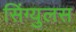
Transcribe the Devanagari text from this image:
सिंग्युलस